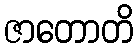
ဇာတောတိ